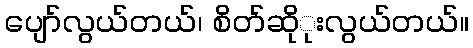
ပျော်လွယ်တယ်၊ စိတ်ဆိုုးလွယ်တယ်။